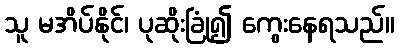
သူ မအိပ်နိုင်၊ ပုဆိုးခြုံ၍ ကွေးနေရသည်။